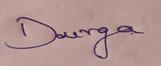
Signature authenticity: genuine